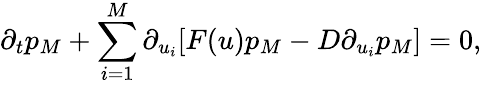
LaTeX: \partial_{t}p_{M}+\sum_{i=1}^{M}\partial_{u_{i}}[F(u)p_{M}-D\partial_{u_{i}}p_{M}]=0,